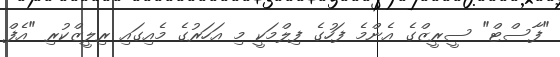
"ފާސްޓް" ސީރީޒްގެ އެންމެ ފަހުގެ ފިލްމަކީ މި އަހަރުގެ މެއިގައި ރިލީޒްކުރި "އެފް